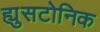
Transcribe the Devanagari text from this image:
ह्युसटोनिक